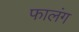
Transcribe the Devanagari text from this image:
फालंग